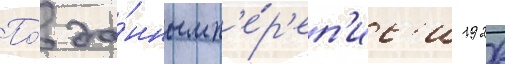
По́ да́нным п'е́р'еп'ис'и 1926